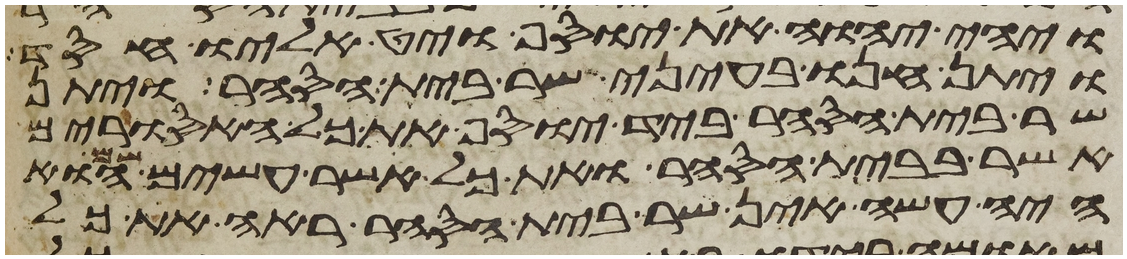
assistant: ויהי יהוה את יוסף ויט אליו חסד
ויתן חנו בעיני שר בית הסחר ויתן
שר בית הסחר ביד יוסף את כל האסורים
אשר בבית הסחר ואת כל אשר עשים שם הוא
היה עשה אין שר בית הסחר ראה את כל